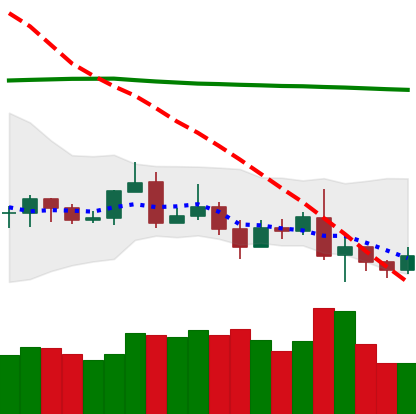
Ticker: ETC-USD
Chart end date: 2019-08-18
Forward return: 28.158%
Label: up_7plus